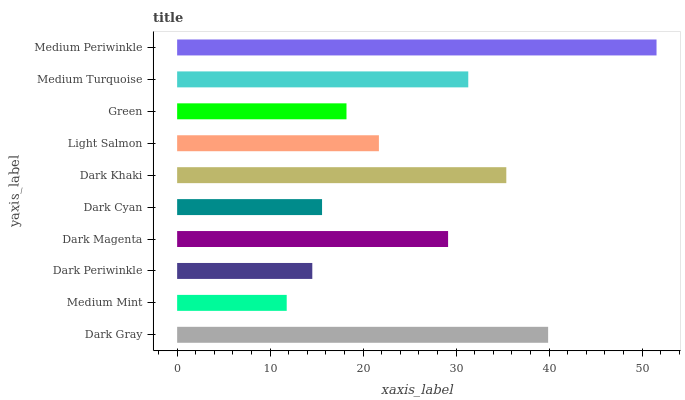
| yaxis_label | bars |
 | --- | --- |
 | Dark Gray | 39.9 |
 | Medium Mint | 11.8 |
 | Dark Periwinkle | 14.5 |
 | Dark Magenta | 29.1 |
 | Dark Cyan | 15.6 |
 | Dark Khaki | 35.4 |
 | Light Salmon | 21.7 |
 | Green | 18.2 |
 | Medium Turquoise | 31.3 |
 | Medium Periwinkle | 51.5 |